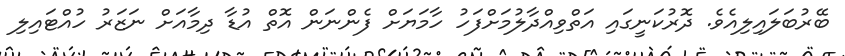
ބޭރުބަލައިލިއެވެ. ދޮރުކަނީގައި އަތްވިއްދާލުމަށްފަހު ހާމަޔަށް ފެންނަން އޮތް އުޑާ ދިމާއަށް ނަޒަރު ހުއްޓައިލި